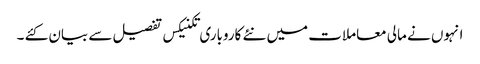
انہوں نے مالی معاملات میں نئے کاروباری تکنیکس تفصیل سے بیان کئے ۔